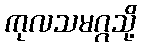
ကုလသမဂ္ဂသို့